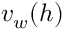
\ v _ { w } ( h )